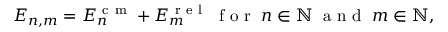
\begin{array} { r } { E _ { n , m } = E _ { n } ^ { \mathrm { ~ c ~ m ~ } } + E _ { m } ^ { \mathrm { ~ r ~ e ~ l ~ } } \; \mathrm { ~ f ~ o ~ r ~ } \; n \in \mathbb { N } \; \mathrm { ~ a ~ n ~ d ~ } \; m \in \mathbb { N } , } \end{array}